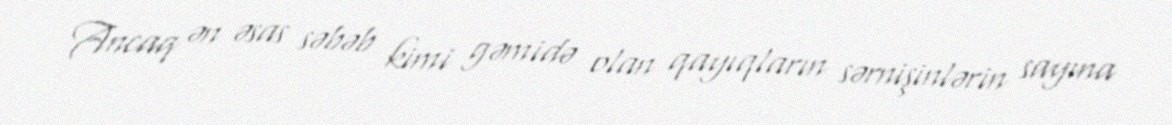
Ancaq ən əsas səbəb kimi gəmidə olan qayıqların sərnişinlərin sayına